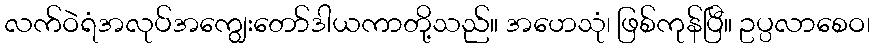
လက်ဝဲရံအလုပ်အကျွေးတော်ဒါယကာတို့သည်။ အဟေသုံ၊ ဖြစ်ကုန်ပြီ။ ဥပ္ပလာစေဝ၊